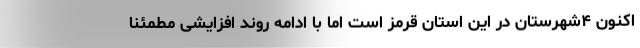
اکنون ۴شهرستان در این استان قرمز است اما با ادامه روند افزایشی مطمئنا